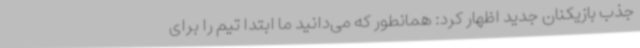
جذب بازیکنان جدید اظهار کرد: همانطور که می‌دانید ما ابتدا تیم را برای